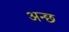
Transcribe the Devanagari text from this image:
अन्छ